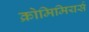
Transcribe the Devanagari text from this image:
क्रोमिमियर्स